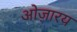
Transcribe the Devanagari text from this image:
ओज़ारय